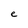
Character: e